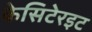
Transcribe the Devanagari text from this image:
केसिटेरइट